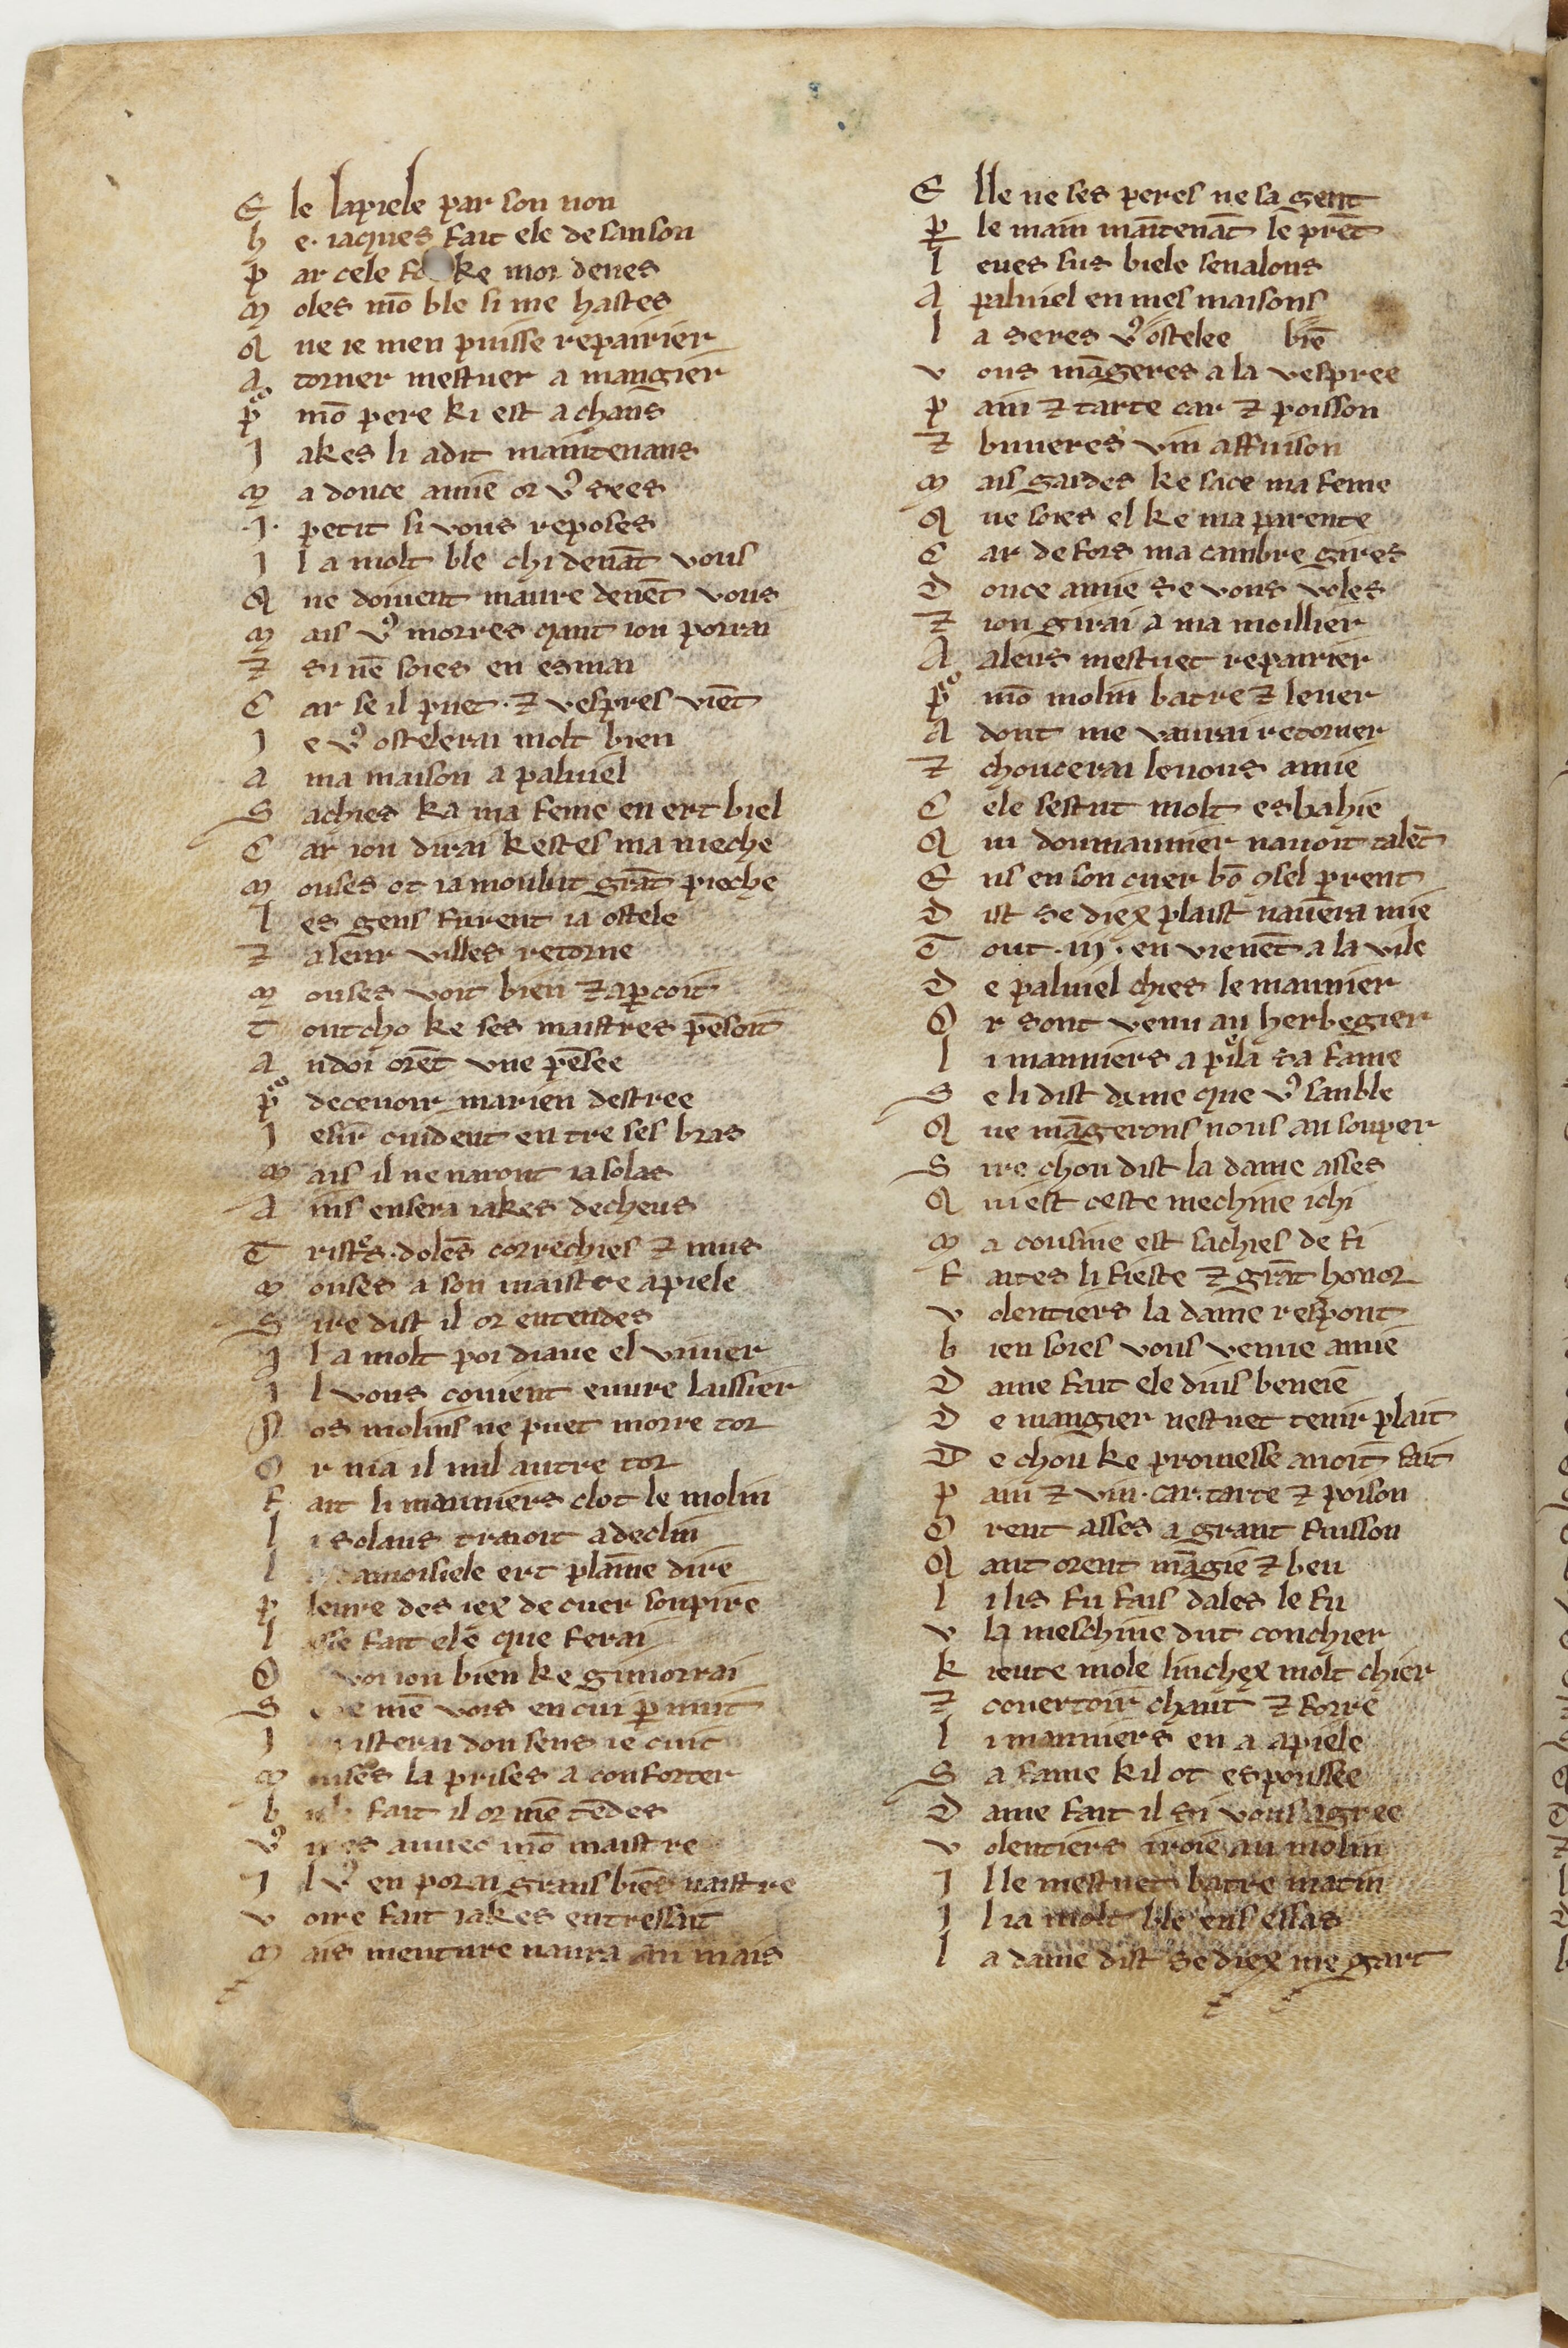
Shelfmark: Paris, Mazarine, 1553
Century: 13